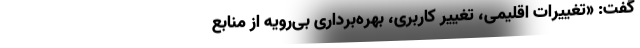
گفت: «تغییرات اقلیمی، تغییر کاربری، بهره‌برداری بی‌رویه از منابع